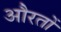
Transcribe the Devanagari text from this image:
औेरतों